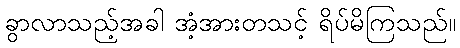
ခွာလာသည့်အခါ အံ့အားတသင့် ရိပ်မိကြသည်။